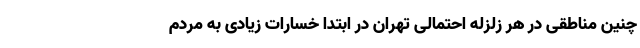
چنین مناطقی در هر زلزله احتمالی تهران در ابتدا خسارات زیادی به مردم